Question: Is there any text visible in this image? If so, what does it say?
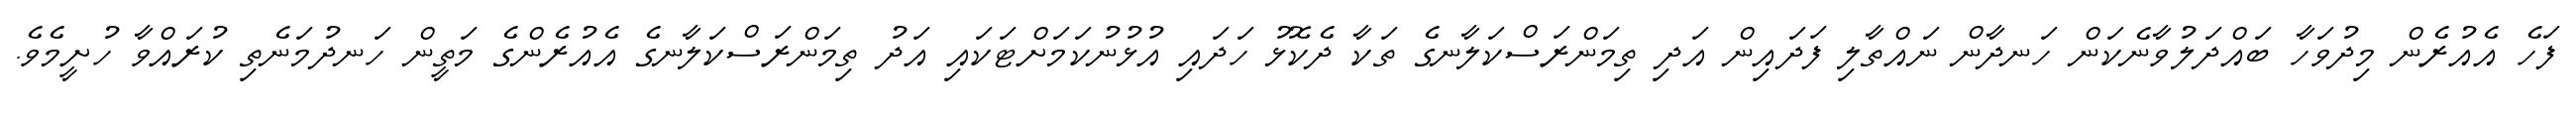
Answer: ފަހެ އެއުރެން މިދުވަހާ ބައްދަލުވާނެކަން ހަނދާން ނައްތާލި ފަދައިން އަދި ތިމަންރަސްކަލާނގެ ތަކާ ދެކޮޅު ހަދައި އުޅުނުކަމަށްޓަކައި އަދު ތިމަންރަސްކަލާނގެ އެއުރެންގެ މަތީން ހަނދުމަނެތި ކުރައްވާ ހުށީމެވެ.